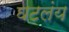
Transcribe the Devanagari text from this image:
घटलंय